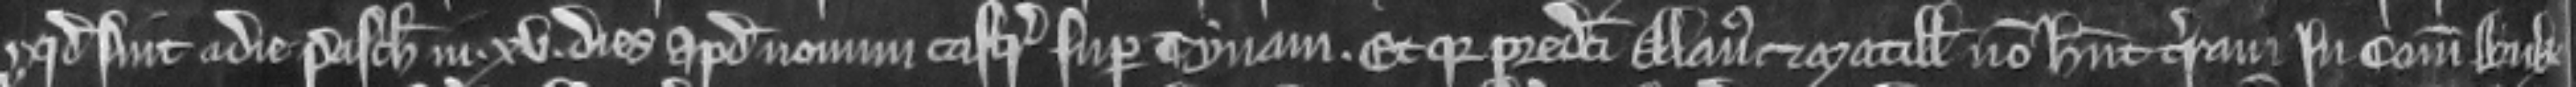
quod sint a die Pasche in xv dies apud Novum Castrum super Tynam. Et quia predicti Alanus et Matillis non habent terram in comitatu Buk